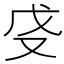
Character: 𫨵